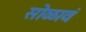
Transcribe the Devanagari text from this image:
सोळावं